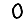
Digit: 0